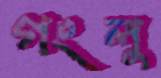
গংলু